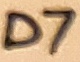
Text: D7